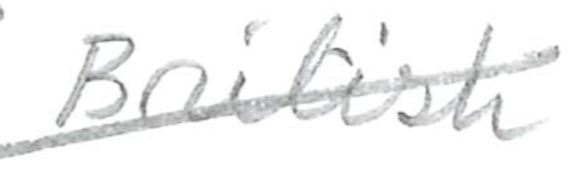
Text: British
Cross-out: mix
Writing tool: pencil